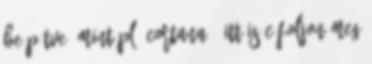
beépítve, mint pl. Cortana - itt is cáfoljon meg